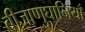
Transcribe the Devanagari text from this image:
बीजाणुघानियाँ